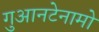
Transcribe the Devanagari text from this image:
गुआनटेनामो